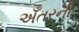
અઁતરની